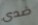
ضدى